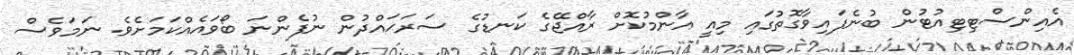
އެއިންސްޓިޓިއުޓުން ބުނެފައިވާގޮތުގައި މިއީ އާންމުކޮށް ރާއްޖޭގެ ކަނޑުގެ ސަރަޙައްދުން ނުފެންނަ ބޯވައެއްކަމަށެވެ. ނަމަވެސް